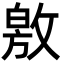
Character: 敫